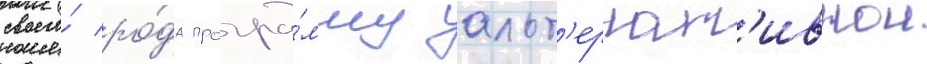
своего́ ро́да програ́мму альт'ернат'ивнои